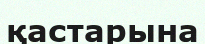
қастарына